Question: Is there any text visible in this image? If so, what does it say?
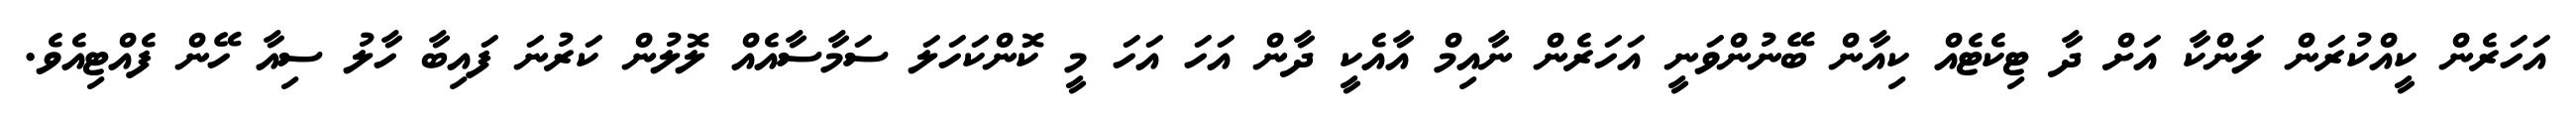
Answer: އަހަރެން ކީއްކުރަން ލަންކާ އަށް ދާ ޓިކެޓެއް ކިއާން ބޭނުންވަނީ އަހަރެން ނާއިމް އާއެކީ ދާން އަހަ އަހަ މީ ކޮންކަހަލަ ސަމާސާއެއް ލޮލުން ކަރުނަ ފައިބާ ހާލު ސިއާ ހޭން ފެއްޓިއެވެ.